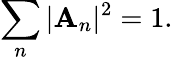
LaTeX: \displaystyle\sum_{n}|\mathbf{A}_{n}|^{2}=1.